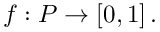
f : { \cal P } \rightarrow [ 0 , 1 ] \, .